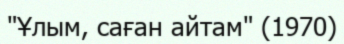
"Ұлым, саған айтам" (1970)